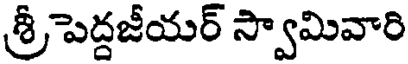
శ్రీపెద్దజీయర్ స్వామివారి